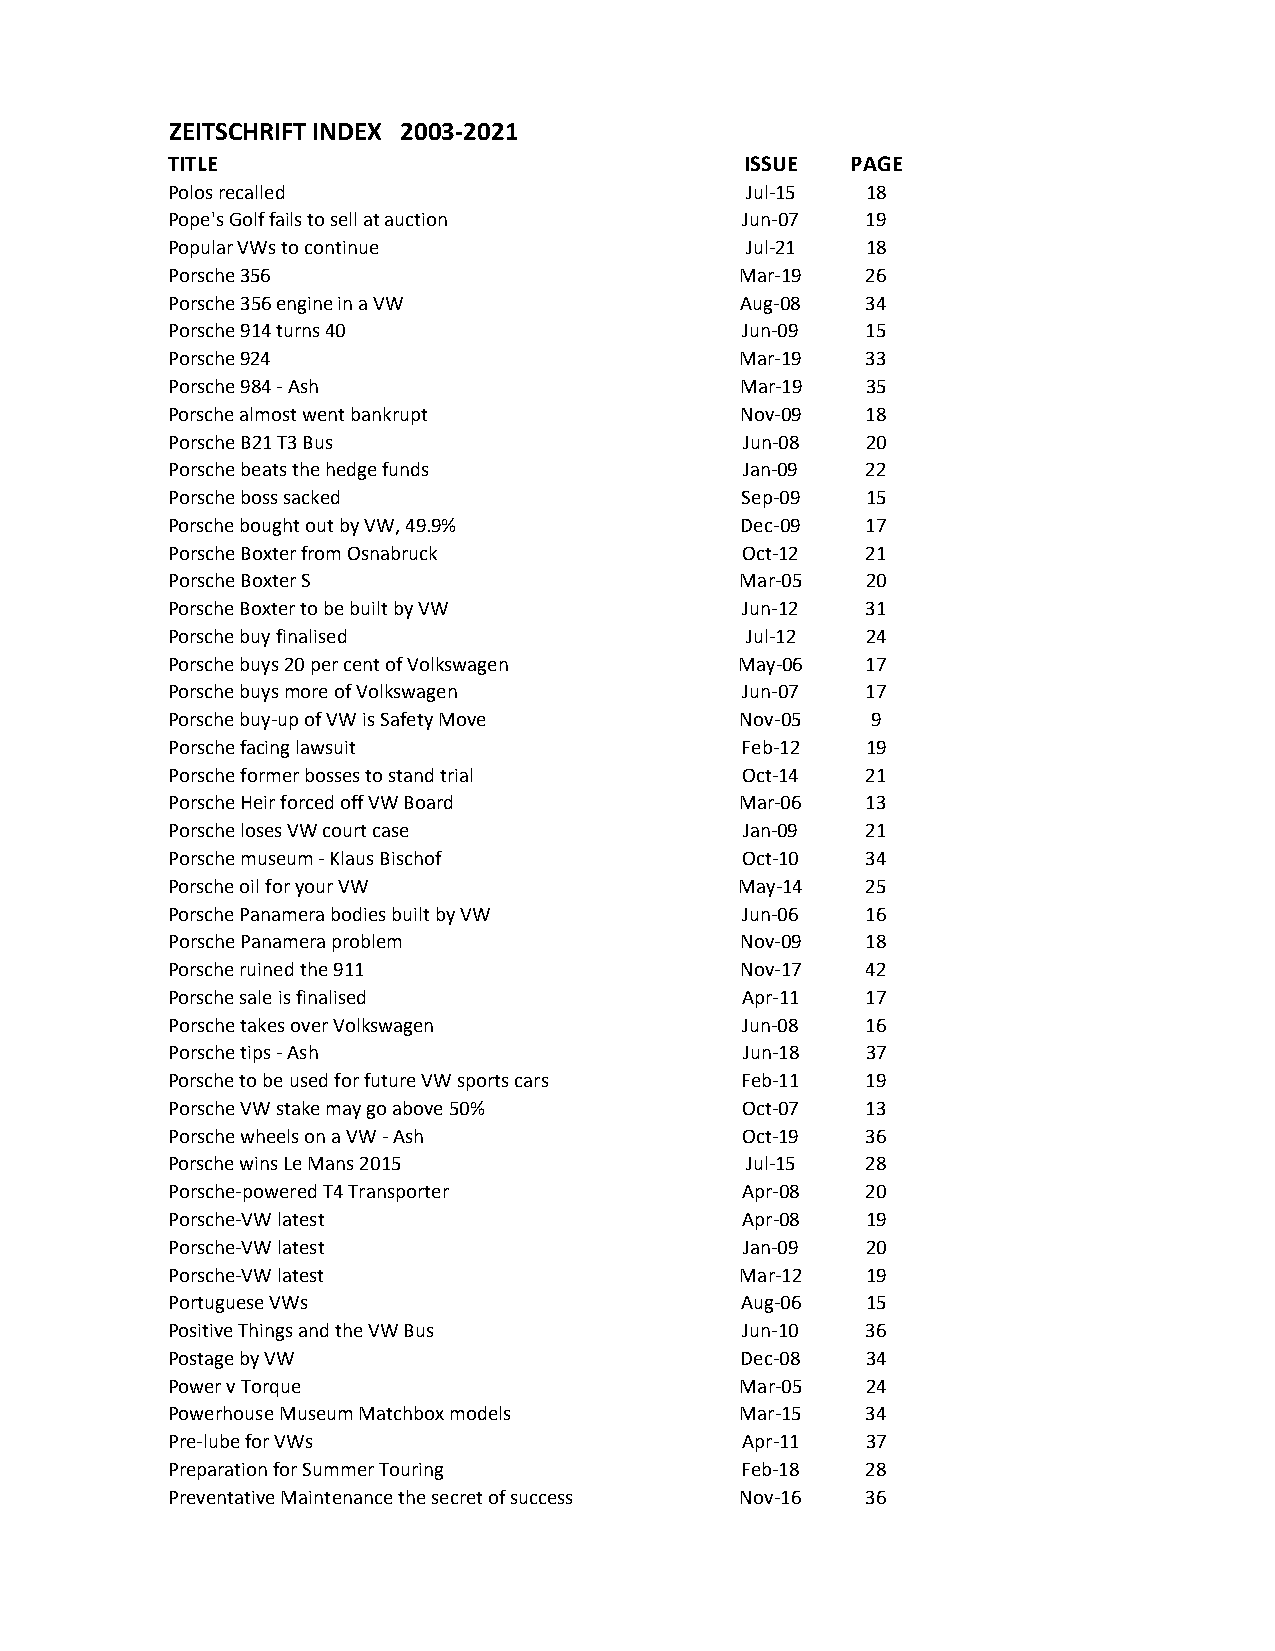
ZEITSCHRIFT INDEX 2003-2021
 TITLE                                 ISSUE  PAGE
 Polos recalled                        Jul-15  18
 Pope's Golf fails to sell at auction  Jun-07  19
 Popular VWs to continue               Jul-21  18
 Porsche 356                           Mar-19  26
 Porsche 356 engine in a VW            Aug-08  34
 Porsche 914 turns 40                  Jun-09  15
 Porsche 924                           Mar-19  33
 Porsche 984 - Ash                     Mar-19  35
 Porsche almost went bankrupt          Nov-09  18
 Porsche B21 T3 Bus                    Jun-08  20
 Porsche beats the hedge funds         Jan-09  22
 Porsche boss sacked                   Sep-09  15
 Porsche bought out by VW, 49.9%       Dec-09  17
 Porsche Boxter from Osnabruck         Oct-12  21
 Porsche Boxter S                      Mar-05  20
 Porsche Boxter to be built by VW      Jun-12  31
 Porsche buy finalised                 Jul-12  24
 Porsche buys 20 per cent of Volkswagen May-06 17
 Porsche buys more of Volkswagen       Jun-07  17
 Porsche buy-up of VW is Safety Move   Nov-05   9
 Porsche facing lawsuit                Feb-12  19
 Porsche former bosses to stand trial  Oct-14  21
 Porsche Heir forced off VW Board      Mar-06  13
 Porsche loses VW court case           Jan-09  21
 Porsche museum - Klaus Bischof        Oct-10  34
 Porsche oil for your VW               May-14  25
 Porsche Panamera bodies built by VW   Jun-06  16
 Porsche Panamera problem              Nov-09  18
 Porsche ruined the 911                Nov-17  42
 Porsche sale is finalised             Apr-11  17
 Porsche takes over Volkswagen         Jun-08  16
 Porsche tips - Ash                    Jun-18  37
 Porsche to be used for future VW sports cars Feb-11 19
 Porsche VW stake may go above 50%     Oct-07  13
 Porsche wheels on a VW - Ash          Oct-19  36
 Porsche wins Le Mans 2015             Jul-15  28
 Porsche-powered T4 Transporter        Apr-08  20
 Porsche-VW latest                     Apr-08  19
 Porsche-VW latest                     Jan-09  20
 Porsche-VW latest                     Mar-12  19
 Portuguese VWs                        Aug-06  15
 Positive Things and the VW Bus        Jun-10  36
 Postage by VW                         Dec-08  34
 Power v Torque                        Mar-05  24
 Powerhouse Museum Matchbox models     Mar-15  34
 Pre-lube for VWs                      Apr-11  37
 Preparation for Summer Touring        Feb-18  28
 Preventative Maintenance the secret of success Nov-16 36